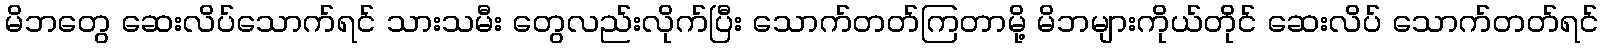
မိဘတွေ ဆေးလိပ်သောက်ရင် သားသမီး တွေလည်းလိုက်ပြီး သောက်တတ်ကြတာမို့ မိဘများကိုယ်တိုင် ဆေးလိပ် သောက်တတ်ရင်